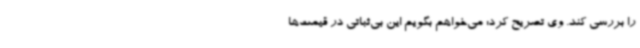
را بررسی کند. وی تصریح کرد: می‌خواهم بگویم این بی‌ثباتی در قیمت‌ها